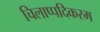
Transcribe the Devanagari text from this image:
चिलाप्पदिकरम